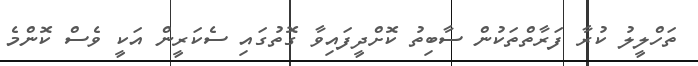
ތަހްލީލު ކުރާ ފަރާތްތަކުން ސާބިތު ކޮށްދީފައިވާ ގޮތުގައި ސެކަރީން އަކީ ވެސް ކޮންމެ